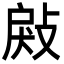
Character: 㪐